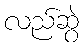
လည်ဆွဲ